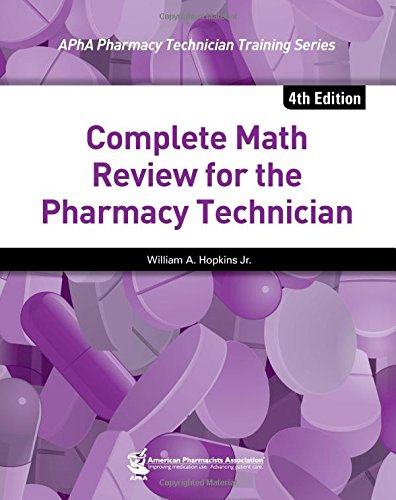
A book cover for Complete Math Review for the Pharmacy Technician (APhA Pharmacy Technician Training Series); William A Hopkins; Medical Books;